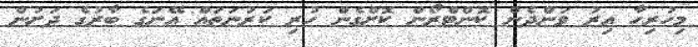
މިހުރިހާ އިރު ވަންދެން ކޮންޓްރޯން ކޮށްގެން ހުރި ކަރުނަތައް އޭނަގެ ބާރުގެ ދަށުން